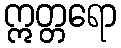
ဣတ္တရော